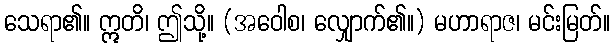
သေရာ၏။ ဣတိ၊ ဤသို့။ (အဝေါစ၊ လျှောက်၏။) မဟာရာဇ၊ မင်းမြတ်။